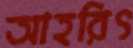
আহরিৎ